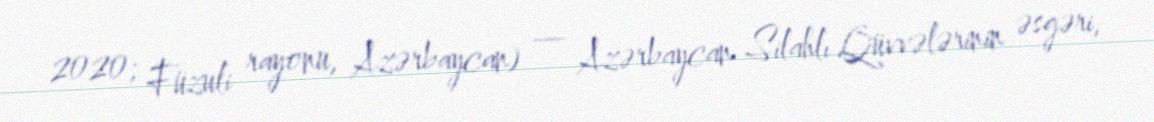
2020; Füzuli rayonu, Azərbaycan) — Azərbaycan Silahlı Qüvvələrinin əsgəri,